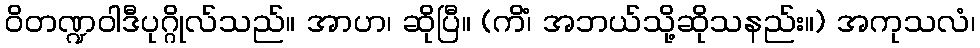
ဝိတဏ္ဍဝါဒီပုဂ္ဂိုလ်သည်။ အာဟ၊ ဆိုပြီ။ (ကိံ၊ အဘယ်သို့ဆိုသနည်း။) အကုသလံ၊